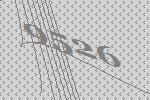
9526